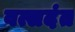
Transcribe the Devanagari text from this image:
वत्सदंत